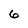
Character: 6